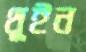
থুইন